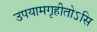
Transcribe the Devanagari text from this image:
उपयामगृहीतोऽसि